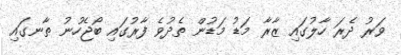
ވަރު ދެރަ ހާލުގައި ޒާރާ މަޑު މަޑުން ތެދުވެ ފާރުގައި ބޯޖެހުނު ތާނގައި